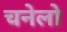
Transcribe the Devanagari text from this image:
चनेलो